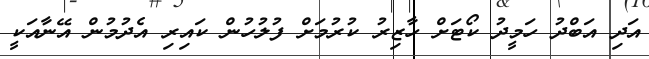
އަދި އަބްދު ހަމީދު ކޯޓަށް ހާޒިރު ކުރުމަށް ފުލުހުން ކައިރި އެދުމުން އޭނާއަކީ